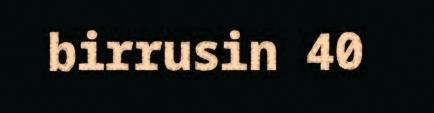
birrusin 40